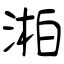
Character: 湐